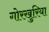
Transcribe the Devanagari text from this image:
गोरखुरिया